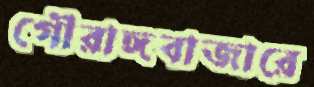
গৌরাঙ্গবাজারে